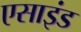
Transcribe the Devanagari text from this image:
एसाइंड